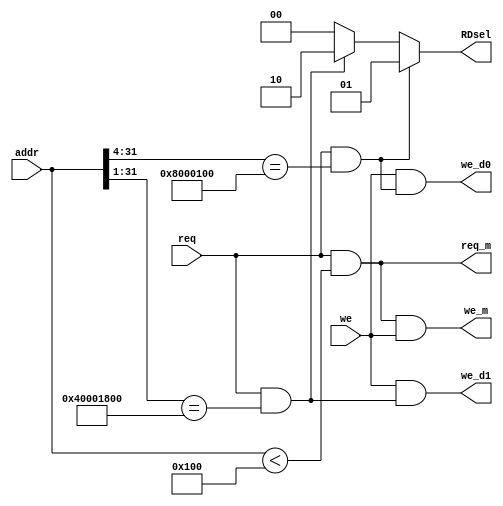
`timescale 1ns / 1ps

module io_decoder(
    input we,
    input req,
    input[31:0] addr,
    output we_d1,
    output we_d0,
    output we_m,
    output req_m,
    output reg [1:0] RDsel
);

assign req_m = req && (addr < 256);
assign we_m = req_m && we;

wire req_d0 = req & ({addr[31:4], 4'b0} == 32'h80001000); //displays
wire req_d1 = req & ({addr[31:1], 1'b0} == 32'h80003000);//keyboard

assign we_d0 = we & req_d0;
assign we_d1 = we & req_d1;

always @(*)begin
    if(req_d0)
        RDsel = 2'b01;//   
    else if(req_d1)
        RDsel = 2'b10;
    else
        RDsel = 2'b00;//  
end

endmodule